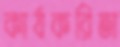
কার্যকরিতা